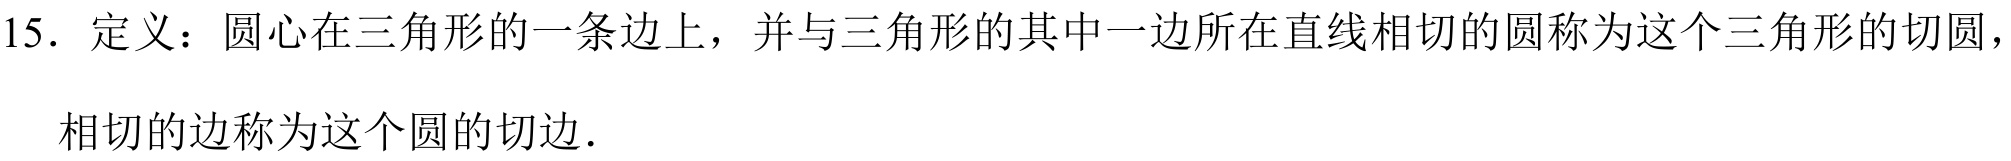
15. 定义：圆心在三角形的一条边上，并与三角形的其中一边所在直线相切的圆称为这个三角形的切圆，\\
相切的边称为这个圆的切边．